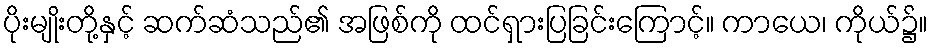
ပိုးမျိုးတို့နှင့် ဆက်ဆံသည်၏ အဖြစ်ကို ထင်ရှားပြခြင်းကြောင့်။ ကာယေ၊ ကိုယ်၌။